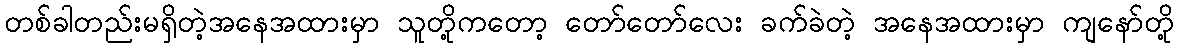
တစ်ခါတည်းမရှိတဲ့အနေအထားမှာ သူတို့ကတော့ တော်တော်လေး ခက်ခဲတဲ့ အနေအထားမှာ ကျနော်တို့